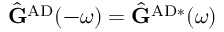
\hat { \mathbf { G } } ^ { \mathrm { A D } } ( - \omega ) = \hat { \mathbf { G } } ^ { \mathrm { A D } * } ( \omega )